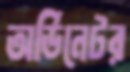
অর্ডিনেটর